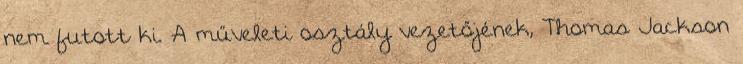
nem futott ki. A műveleti osztály vezetőjének, Thomas Jackson